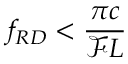
f _ { R D } < \frac { \pi c } { \mathcal { F } L }